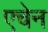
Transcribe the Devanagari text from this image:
एचेन